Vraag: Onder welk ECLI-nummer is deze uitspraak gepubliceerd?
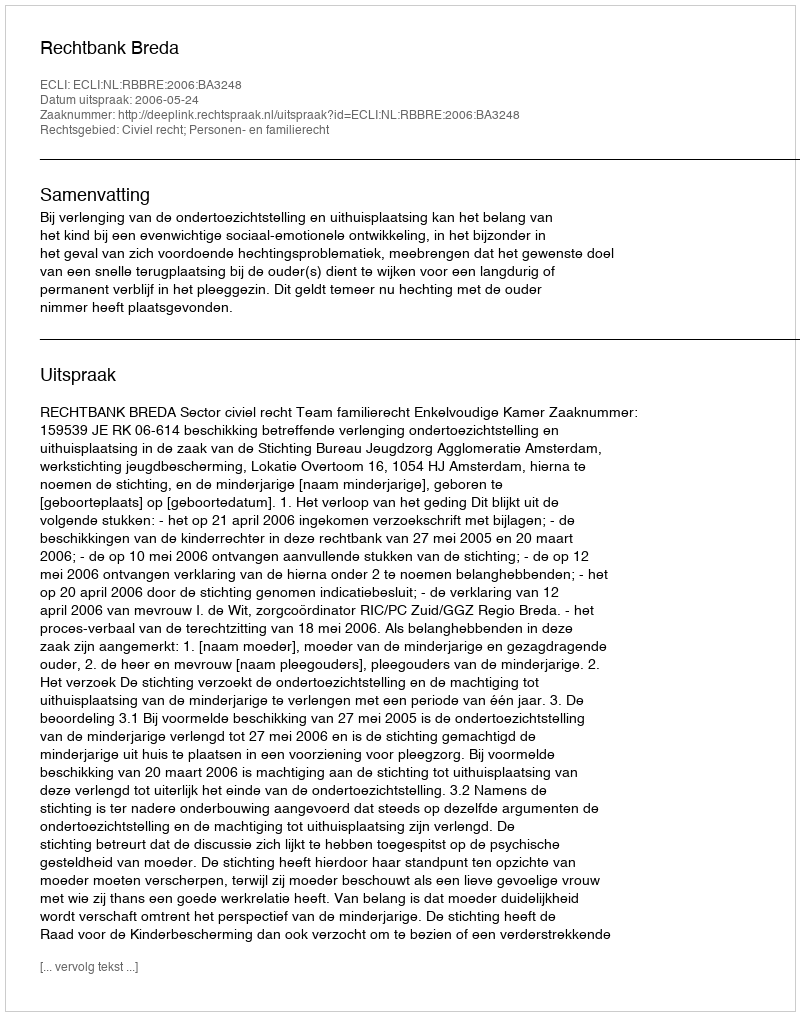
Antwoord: ECLI:NL:RBBRE:2006:BA3248